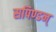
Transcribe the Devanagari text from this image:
सपिण्डन्